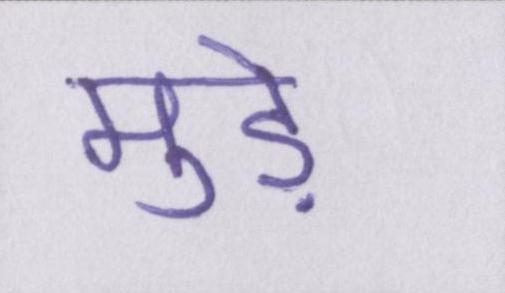
मुड़े